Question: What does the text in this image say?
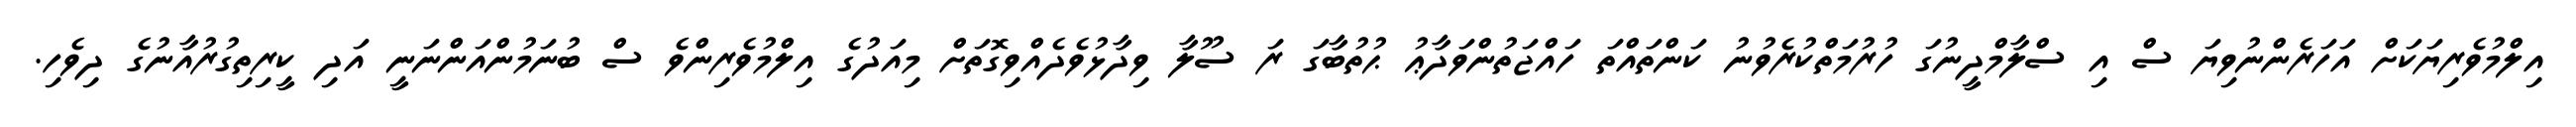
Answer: އިލްމުވެރިޔަކަށް އަހަރެންނުވިޔަ ސް އި ސްލާމްދީނުގަ ހުރުމަތްކުރެވުނު ކަންތައްތަ ހައްޖަތުންވަދާޢު ޙުތުބާގަ ރަ ސޫލާ ވިދާޅުވެދެއްވިގޮތަށް މިއަދުގެ އިލްމުވެރިންވެ ސް ބުނަމުންއަންނަނީ އަދި ކީރިތިގުރުއާނުގެ ދިވެހި.